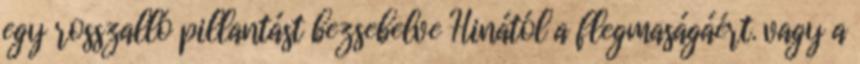
egy rosszalló pillantást bezsebelve Hinától a flegmaságáért. vagy a